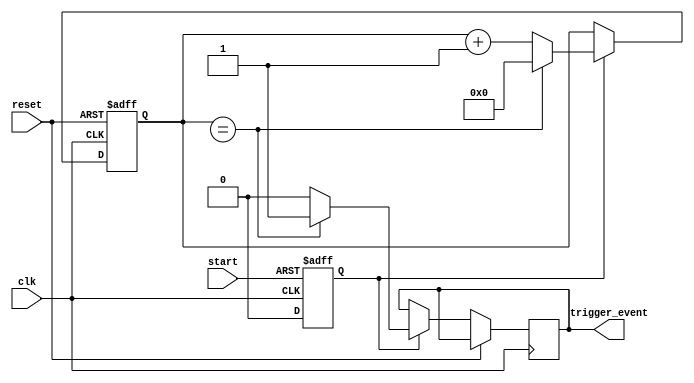
module countdown_timer (
    input wire clk,
    input wire reset,
    input wire start,
    output reg trigger_event
);

reg [15:0] countdown_value;
reg [15:0] countdown_counter;
reg enable_countdown;
reg sync_signal;

always @(posedge clk or posedge reset) begin
    if (reset) begin
        countdown_counter <= 16'b0;
    end else begin
        if (enable_countdown) begin
            if (countdown_counter == countdown_value) begin
                countdown_counter <= 16'b0;
                trigger_event <= 1;
            end else begin
                countdown_counter <= countdown_counter + 1;
                trigger_event <= 0;
            end
        end
    end
end

always @(posedge clk or posedge start) begin
    if (start) begin
        enable_countdown <= 1;
        sync_signal <= 1;
    end else begin
        enable_countdown <= 0;
        sync_signal <= 0;
    end
end

endmodule